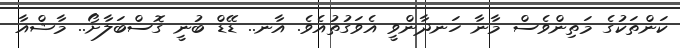
ކަންތަކުގެ މަތިންވެސް މާނާ ހަނދާންވީ އެވަގުތުއެވެ. އާނ.. ޑޭޑް ބުނީ ގޮސްބަލާށޯ.. މާޝްއާ